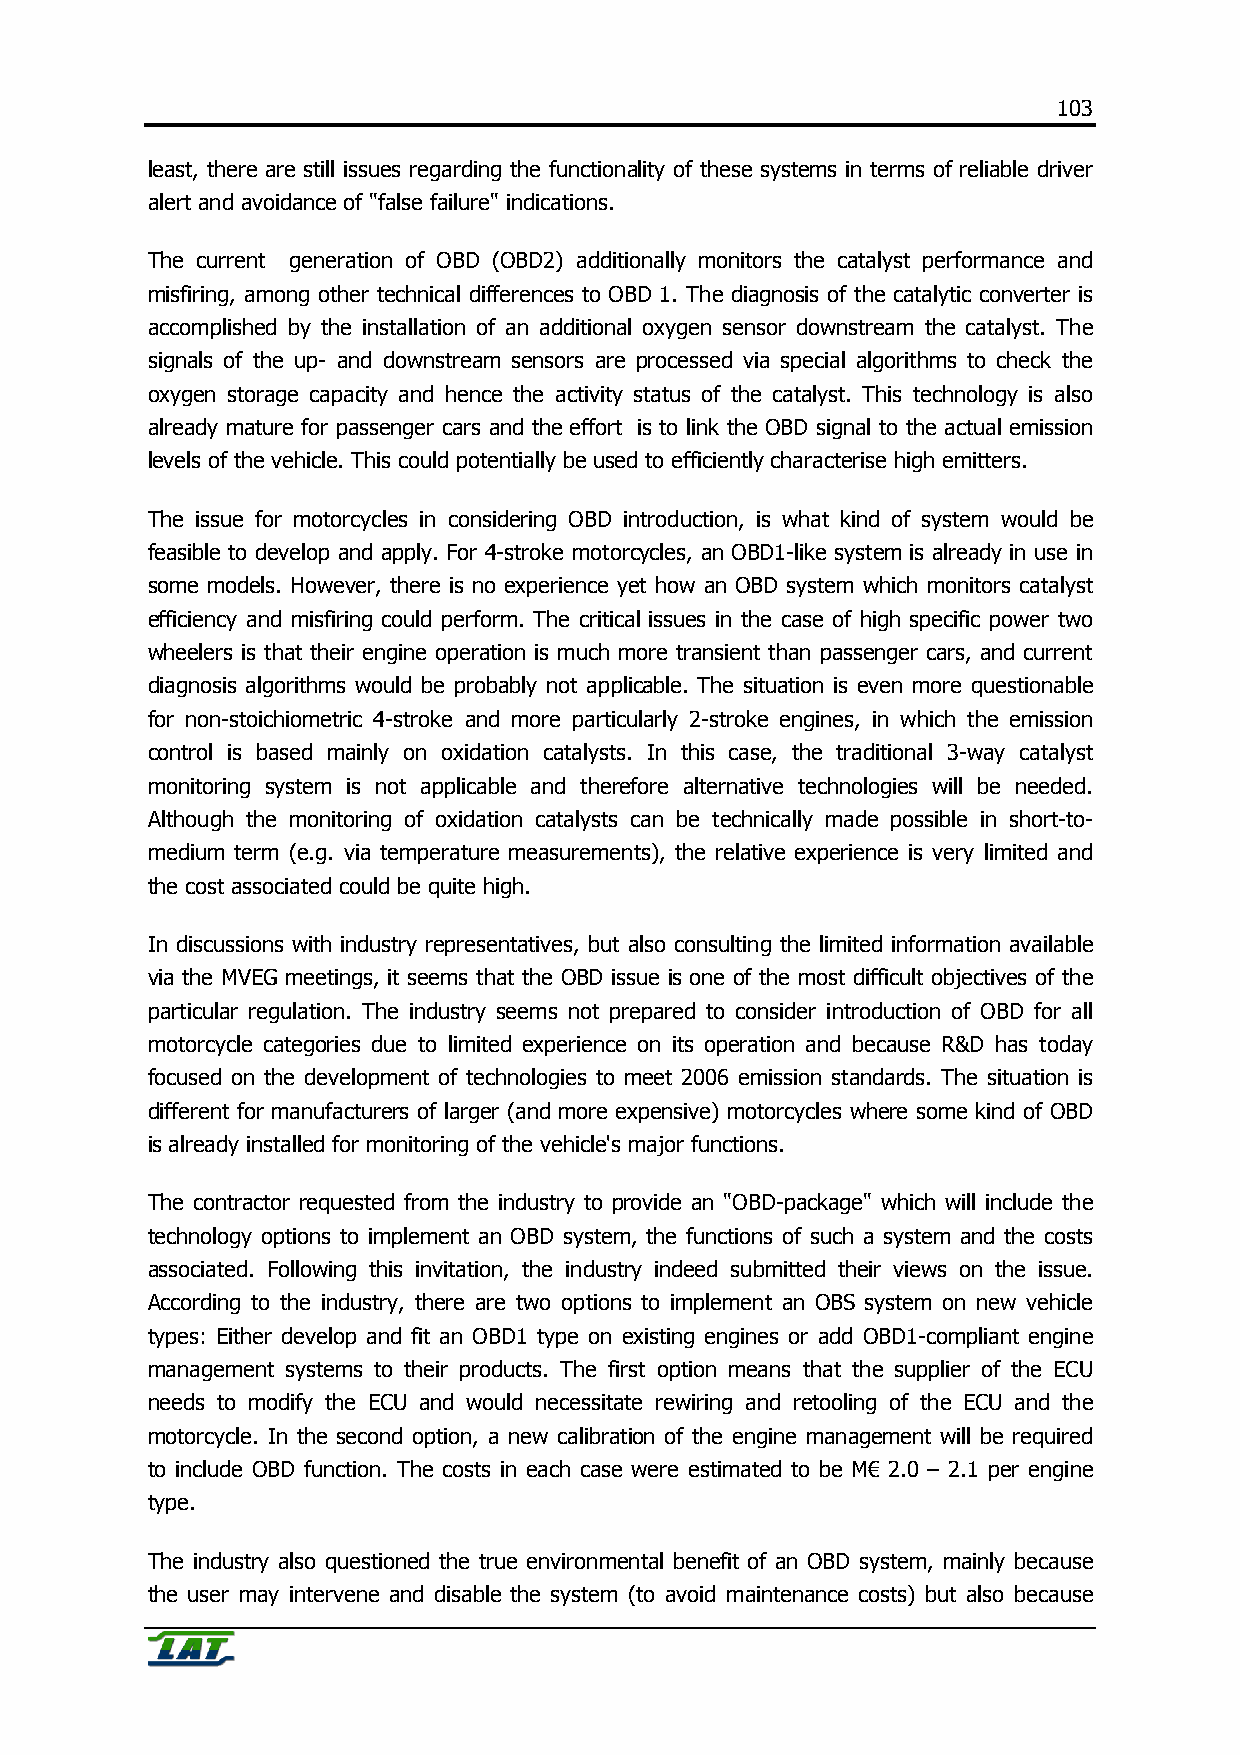
103
 least, there are still issues regarding the functionality of these systems in terms of reliable driver
 alert and avoidance of "false failure" indications.
 The current generation of OBD (OBD2) additionally monitors the catalyst performance and
 misfiring, among other technical differences to OBD 1. The diagnosis of the catalytic converter is
 accomplished by the installation of an additional oxygen sensor downstream the catalyst. The
 signals of the up- and downstream sensors are processed via special algorithms to check the
 oxygen storage capacity and hence the activity status of the catalyst. This technology is also
 already mature for passenger cars and the effort is to link the OBD signal to the actual emission
 levels of the vehicle. This could potentially be used to efficiently characterise high emitters.
 The issue for motorcycles in considering OBD introduction, is what kind of system would be
 feasible to develop and apply. For 4-stroke motorcycles, an OBD1-like system is already in use in
 some models. However, there is no experience yet how an OBD system which monitors catalyst
 efficiency and misfiring could perform. The critical issues in the case of high specific power two
 wheelers is that their engine operation is much more transient than passenger cars, and current
 diagnosis algorithms would be probably not applicable. The situation is even more questionable
 for non-stoichiometric 4-stroke and more particularly 2-stroke engines, in which the emission
 control is based mainly on oxidation catalysts. In this case, the traditional 3-way catalyst
 monitoring system is not applicable and therefore alternative technologies will be needed.
 Although the monitoring of oxidation catalysts can be technically made possible in short-to-
 medium term (e.g. via temperature measurements), the relative experience is very limited and
 the cost associated could be quite high.
 In discussions with industry representatives, but also consulting the limited information available
 via the MVEG meetings, it seems that the OBD issue is one of the most difficult objectives of the
 particular regulation. The industry seems not prepared to consider introduction of OBD for all
 motorcycle categories due to limited experience on its operation and because R&D has today
 focused on the development of technologies to meet 2006 emission standards. The situation is
 different for manufacturers of larger (and more expensive) motorcycles where some kind of OBD
 is already installed for monitoring of the vehicle's major functions.
 The contractor requested from the industry to provide an "OBD-package" which will include the
 technology options to implement an OBD system, the functions of such a system and the costs
 associated. Following this invitation, the industry indeed submitted their views on the issue.
 According to the industry, there are two options to implement an OBS system on new vehicle
 types: Either develop and fit an OBD1 type on existing engines or add OBD1-compliant engine
 management systems to their products. The first option means that the supplier of the ECU
 needs to modify the ECU and would necessitate rewiring and retooling of the ECU and the
 motorcycle. In the second option, a new calibration of the engine management will be required
 to include OBD function. The costs in each case were estimated to be M€ 2.0 – 2.1 per engine
 type.
 The industry also questioned the true environmental benefit of an OBD system, mainly because
 the user may intervene and disable the system (to avoid maintenance costs) but also because